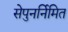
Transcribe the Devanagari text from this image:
सेपुनर्निमित